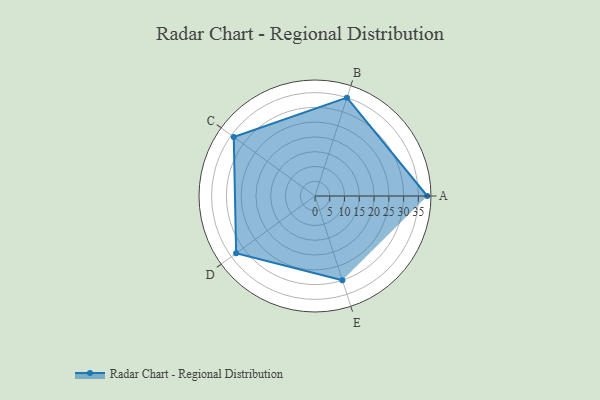
{"axis": {"x": "Skill", "y": "Score"}, "legend": ["Profile"], "data": [{"x": "A", "y": 38.0, "type": "Profile"}, {"x": "B", "y": 35.0, "type": "Profile"}, {"x": "C", "y": 34.0, "type": "Profile"}, {"x": "D", "y": 33.0, "type": "Profile"}, {"x": "E", "y": 30.0, "type": "Profile"}]}